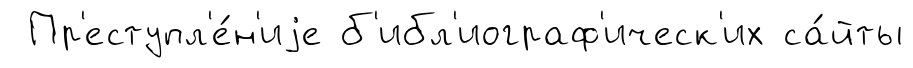
Пр'еступл'е́н'иjе б'ибл'иограф'ическ'их са́йты